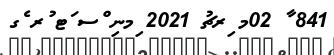
841 ާ 02މ ިރޗު 2021 ިމނި ްސ ަޓ ުރ ެގ